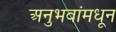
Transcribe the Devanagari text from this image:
अनुभवांमधून